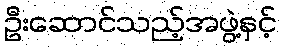
ဦးဆောင်သည့်အဖွဲ့နှင့်